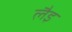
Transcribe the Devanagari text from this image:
लैइ